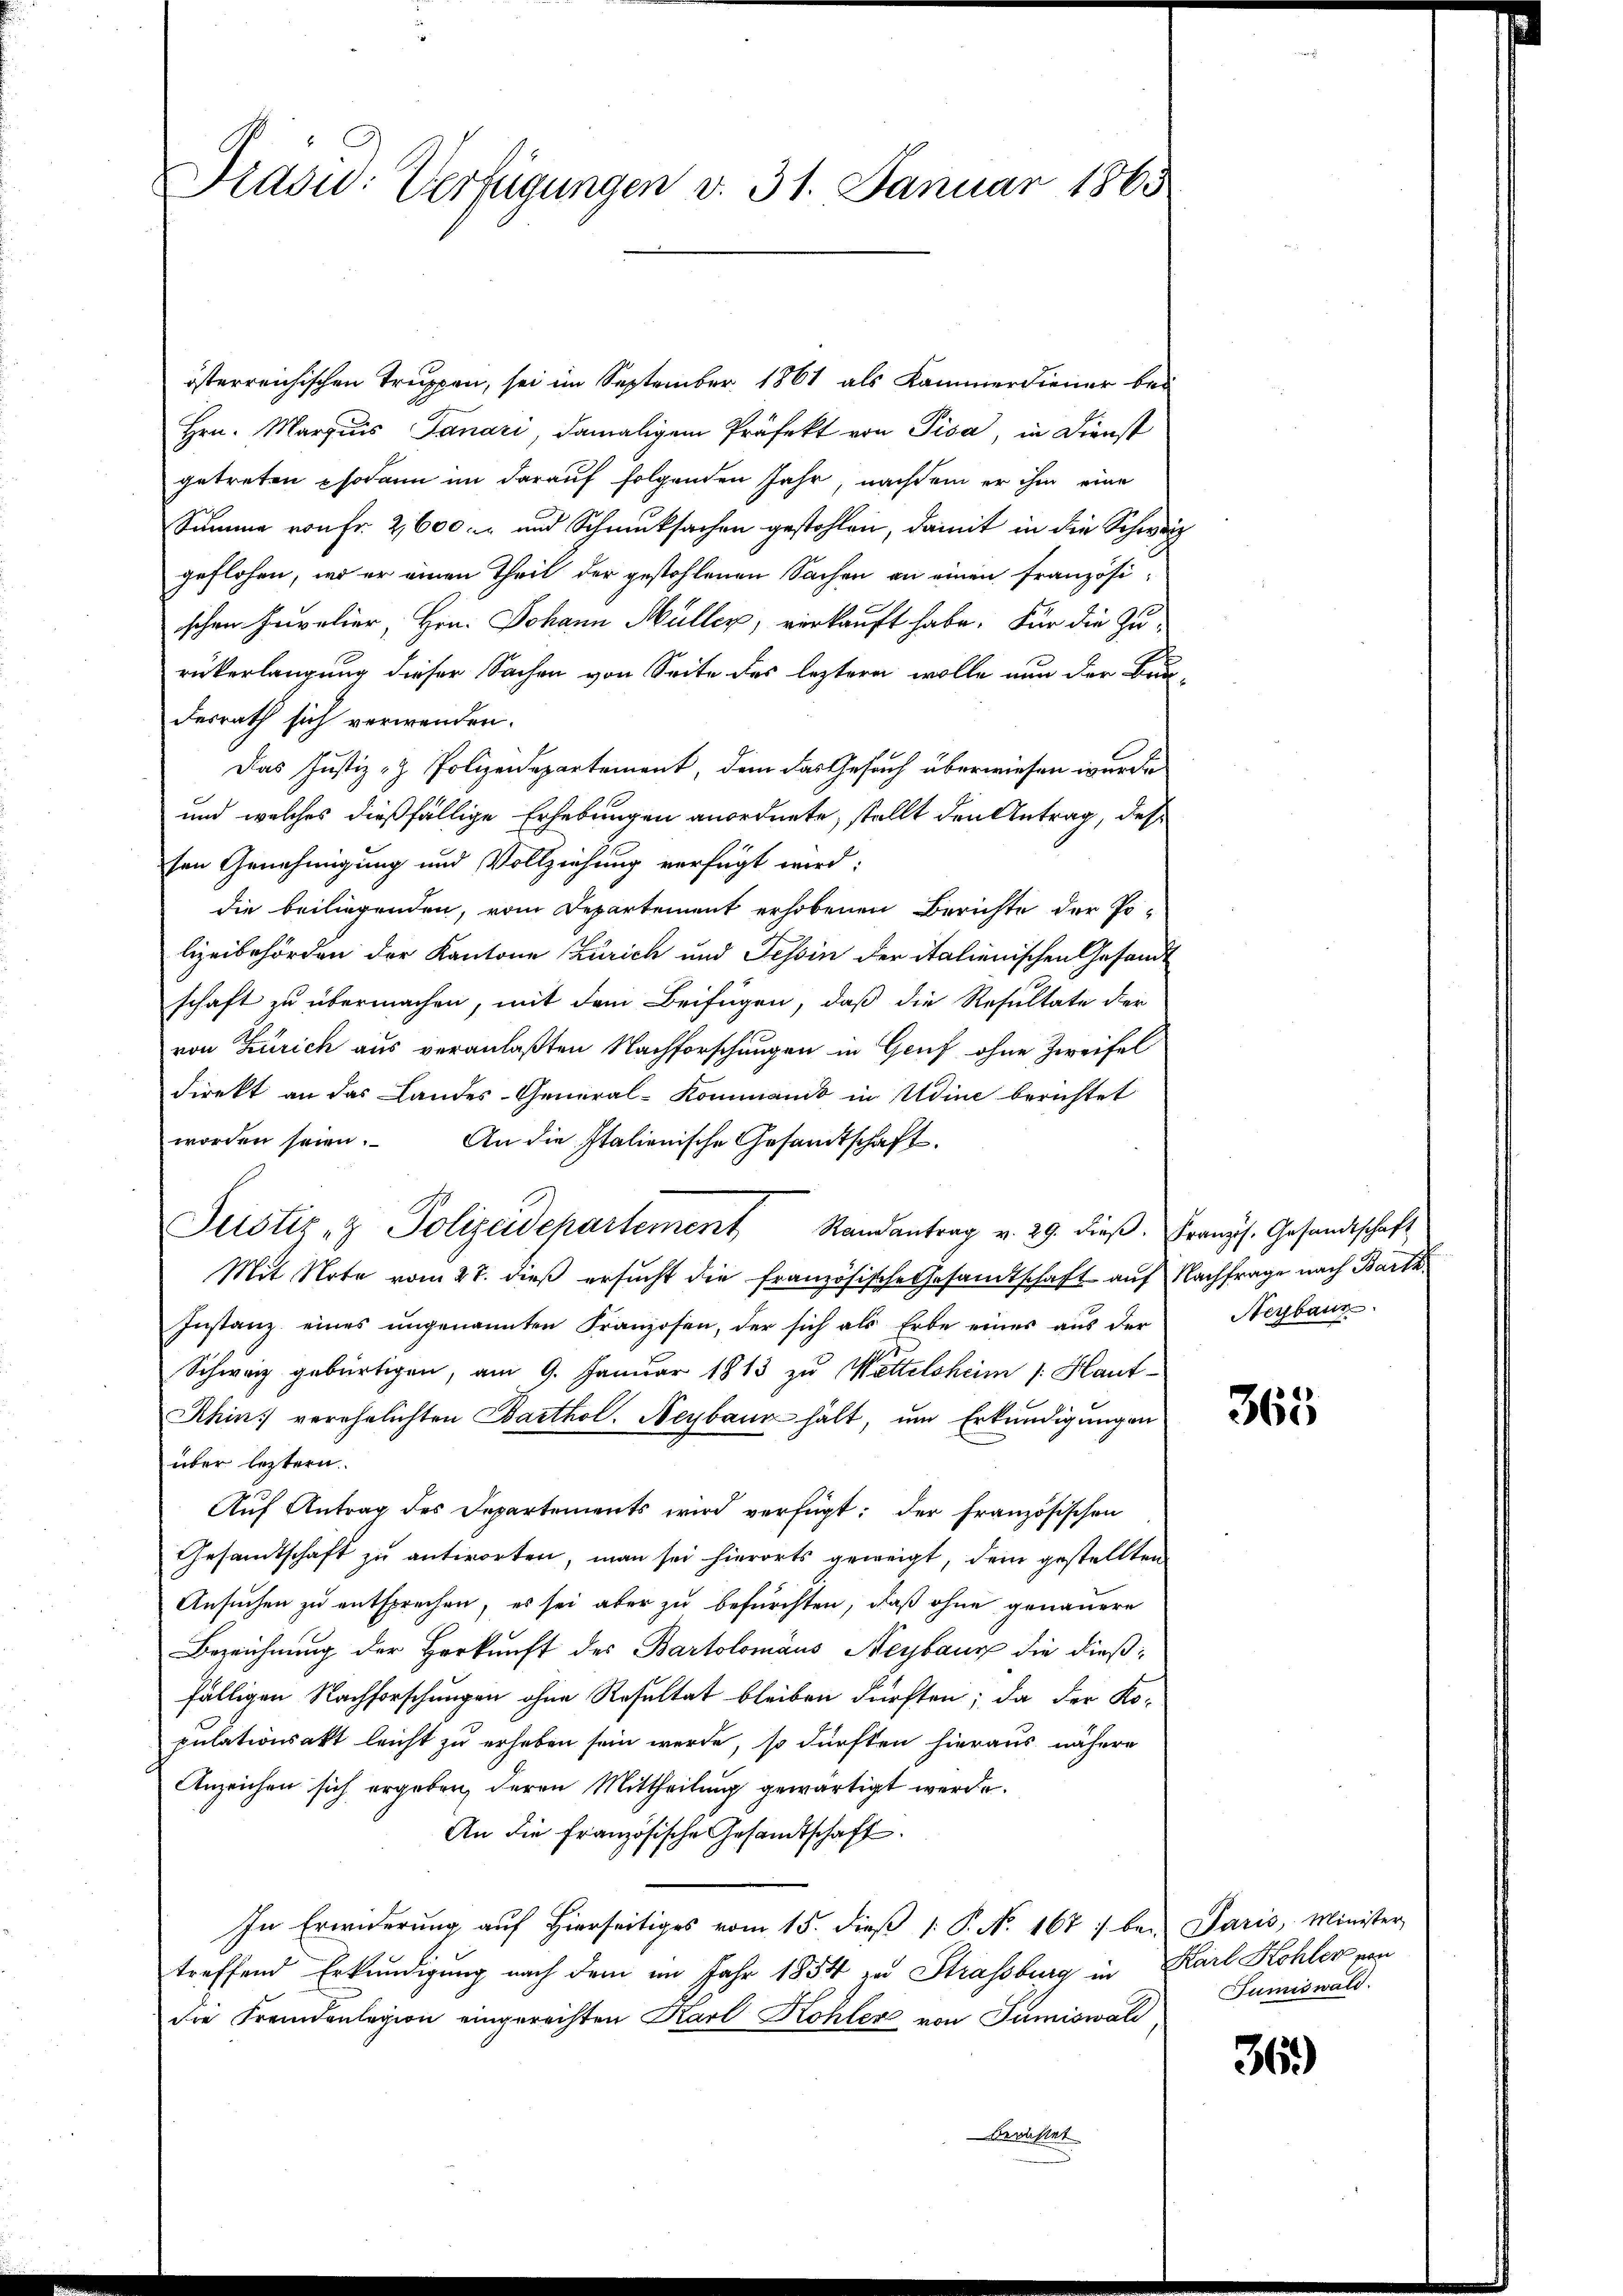
Frasid: Verfügungen v. 31. Januar 1863

österreichischen Truppen, sei im September 1861 als Kammerdiener bei
Hrn. Marzius Tanari, damaligem Präfekt von Pisa, in Dienst
getreten sodann im darauf folgenden Jahr, nachdem er ihm eine
Summe von Fr. 2600. und Schmucksachen gestohlen, damit in die Schweiz
geflohen, wo er einen Theil der gestohlenen Sachen an einen französi-
schen Havelier, Hrn. Johann Müller, verkauft habe. Für die Zu-
rükerlangung dieser Sachen von Seite des leztere wolle nun der Brun-
desrath sich verwenden.
Das Justiz- & Polizeidepartement, dem das Gesuch überwiesen wurde
und welches dießfällige Erhebungen anordnete, stellt den Antrag, des
sen Genehmigung und Vollziehung verfügt wird:
die beiliegenden, vom Departement erhobenen Berichte der Polizeibehörden der Kantone Zürich und Tessin der italienischen Gesandt
schaft zu übermachen, mit dem Beifügen, daß die Resultate der
von Zürich aus veranlaßten Nachforschungen in Genf ohne Zweifel
direkt an das Landes-General-Kommanis in Udine berichtet
worden seien. An die Italienische Gesandtschaft
Mit Note vom 27. dieß ersucht die französische Gesamtschaft auf Nachfrage nach Bart
Instanz eines ungenannten Franzosen, der sich als Erbe eines aus der
Schweiz gebürtigen, am 9. Januar 1813 zu Wettelsheim 1. Haut-
Ahin) verehelichten Barthol. Neybaur hält, um Erkundigungen
über leztern.
Aŭf Antrag des Departements wird verfügt: der französischen
Gesandtschaft zu antworten, man sei hierorts geweigt, dem gestellten
Ansuchen zu entsprechen, es sei aber zu befürchten, daß ohne genauere
Bezeichnung der Herkunft des Bartolomäus Neybaus die dießfälligen Nachforschungen ohne Resultat bleiben dürften; da der Kopulationsakt leicht zu erheben sein werde, so dürften hieraus nähere
Anzeichen sich ergeben, deren Mittheilung gewärtigt werde.
An die französische Gesandtschaft.
In Erwiderŭng aŭf hierseitiges vom 15. dieβ  P. N. 167 : bei Paris, Minister
treffend Erkundigung nach dem im Jahr 1854 zu Strassburg in Karl Kohler von
die Fremdenlegion eingerechten Karl Kohler von Sumiswald
bedachtet

Justiz- & Polizeidepartement Randantrag v. 29. dieβ. Franz. Gesandtschaft

Neybaur

365

Tumiswald.

36.)